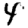
Digit: 4